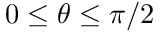
0 \leq \theta \leq \pi / 2